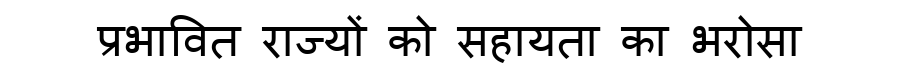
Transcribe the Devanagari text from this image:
प्रभावित राज्यों को सहायता का भरोसा